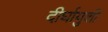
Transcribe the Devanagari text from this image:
दीर्घायुशी